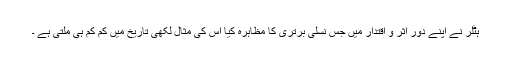
ہٹلر نے اپنے دور اثر و اقتدار میں جس نسلی برتری کا مظاہرہ کیا اس کی مثال لکھی تاریخ میں کم کم ہی ملتی ہے ۔